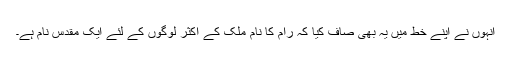
انہوں نے اپنے خط میں یہ بھی صاف کیا کہ رام کا نام ملک کے اکثر لوگوں کے لئے ایک مقدس نام ہے۔